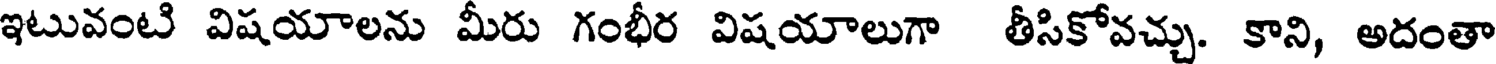
ఇటువంటి విషయాలను మీరు గంభీర విషయాలుగా తీసికోవచ్చు. కాని, అదంతా